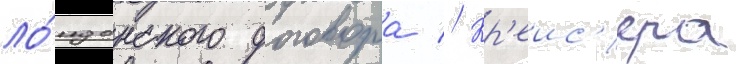
ло́ндонского договора // Кр'еис'ера